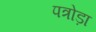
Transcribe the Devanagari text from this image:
पत्रोड़ा